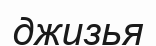
джизья